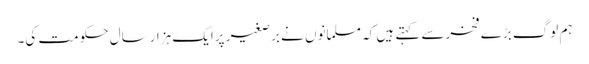
ہم لوگ بڑے فخرسے کہتے ہیں کہ مسلمانوں نے برصغیر پرایک ہزارسال حکومت کی۔